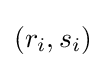
(r_{i},s_{i})